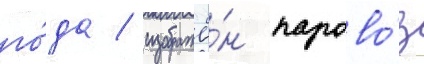
го́да / изображё́н парово́з